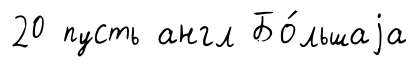
20 пусть англ Бо́льшаjа